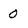
Character: 0